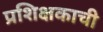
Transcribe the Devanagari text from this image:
प्रशिक्षकाची